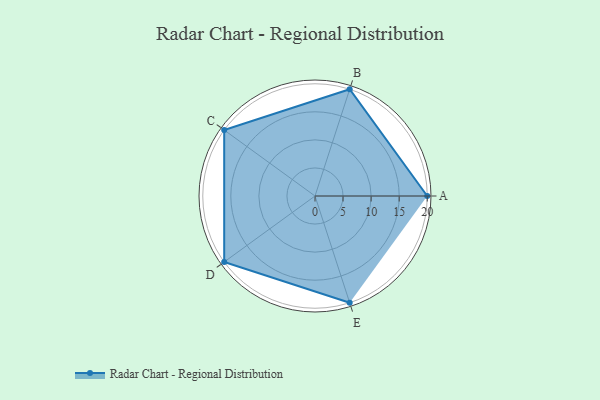
{"axis": {"x": "Skill", "y": "Score"}, "legend": ["Profile"], "data": [{"x": "A", "y": 20, "type": "Profile"}, {"x": "B", "y": 20, "type": "Profile"}, {"x": "C", "y": 20, "type": "Profile"}, {"x": "D", "y": 20, "type": "Profile"}, {"x": "E", "y": 20, "type": "Profile"}]}